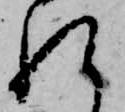
れ